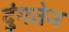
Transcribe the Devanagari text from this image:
दुंगतेन